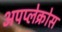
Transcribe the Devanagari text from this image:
अपप्लेक्रोस